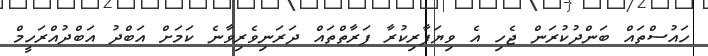
ހައުސްތައް ބަންދުކުރަން ޖެހި އެ ވިޔަފާރިކުރާ ފަރާތްތައް ދަރަނިވެރިވާނެ ކަމަށް އަބްދު އަބްދުއްރަހީމް